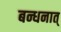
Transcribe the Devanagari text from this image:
बन्धनात्